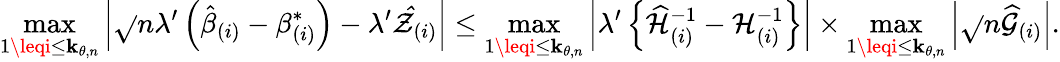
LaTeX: \operatorname*{max}_{1\leqi\leq\mathbf{k}_{\theta,n}}\left\vert\sqrt{}{{n}}\lambda^{\prime}\left(\hat{{\beta}}_{(i)}-\beta_{(i)}^{\ast}\right)-\lambda^{\prime}\mathcal{{\hat{{Z}}}}_{(i)}\right\vert\leq\operatorname*{max}_{1\leqi\leq\mathbf{k}_{\theta,n}}\left\vert\lambda^{\prime}\left\{ \widehat{{\mathcal{{H}}}}_{(i)}^{-1}-\mathcal{{H}}_{(i)}^{-1}\right\} \right\vert\times\operatorname*{max}_{1\leqi\leq\mathbf{k}_{\theta,n}}\left\vert\sqrt{}{{n}}\widehat{{\mathcal{{G}}}}_{(i)}\right\vert.